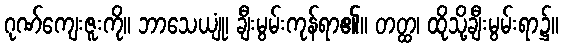
ဂုဏ်ကျေးဇူးကို။ ဘာသေယျုံ၊ ချီးမွမ်းကုန်ရာ၏။ တတ္ထ၊ ထိုသို့ချီးမွမ်းရာ၌။